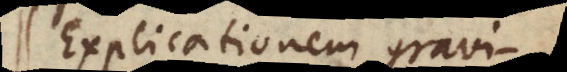
Explicationem L